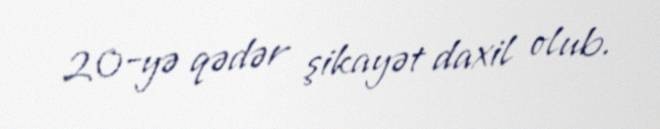
20-yə qədər şikayət daxil olub.